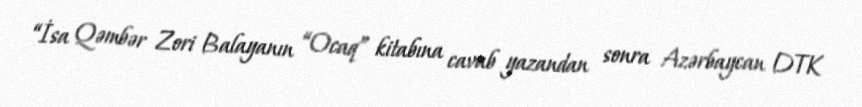
“İsa Qəmbər Zori Balayanın “Ocaq” kitabına cavab yazandan sonra Azərbaycan DTK